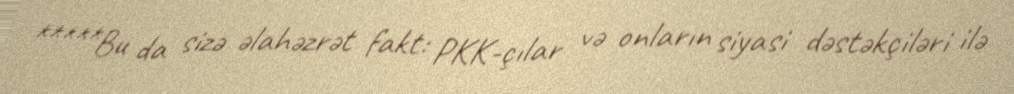
*****Bu da sizə əlahəzrət fakt: PKK-çılar və onların siyasi dəstəkçiləri ilə